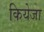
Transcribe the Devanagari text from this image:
कियेजा